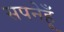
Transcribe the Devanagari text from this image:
सपनेहूँ